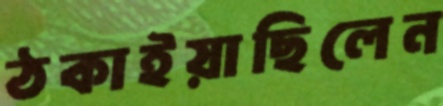
ঠকাইয়াছিলেন